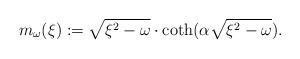
LaTeX: \begin{align*} m_\omega(\xi) := \sqrt{\xi^2 - \omega} \cdot \coth (\alpha \sqrt{\xi^2-\omega} ) .\end{align*}